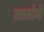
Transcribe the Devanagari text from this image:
लालेमें